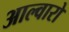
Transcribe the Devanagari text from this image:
आल्वारो